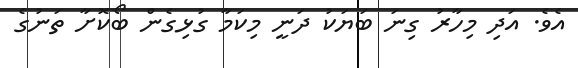
އެވެ. އަދި މިހާރު ގިނަ ބަޔަކު ދަނީ މިކަމާ ގުޅިގެން ބޯކޮށާ ތަނުގެ